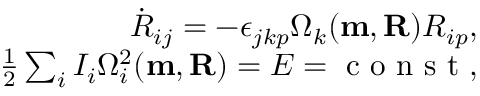
\begin{array} { r } { \dot { R } _ { i j } = - \epsilon _ { j k p } \Omega _ { k } ( { \bf m , R } ) R _ { i p } , } \\ { \frac 1 2 \sum _ { i } I _ { i } \Omega _ { i } ^ { 2 } ( { \bf m , R } ) = E = \mathrm { ~ c ~ o ~ n ~ s ~ t ~ } , } \end{array}